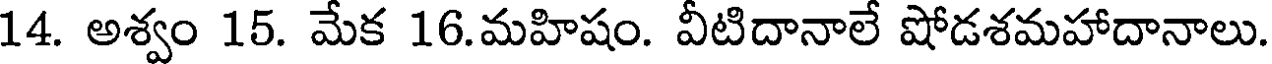
14. అశ్వం 15. మేక 16.మహిషం. వీటిదానాలే షోడశమహాదానాలు.